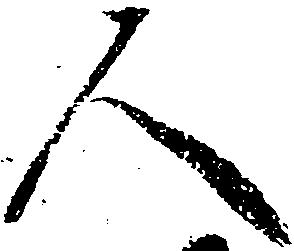
人